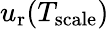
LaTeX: u_{\mathrm{r}}(T_{\mathrm{scale}})